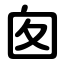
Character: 囱